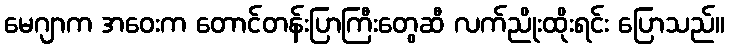
မေဂျာက အဝေးက တောင်တန်းပြာကြီးတွေဆီ လက်ညိုးထိုးရင်း ပြောသည်။